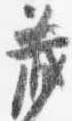
蔵